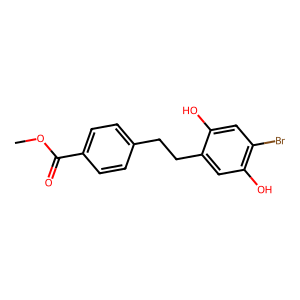
SMILES: COC(=O)c1ccc(CCc2cc(O)c(Br)cc2O)cc1
Inhibits HIV replication: No